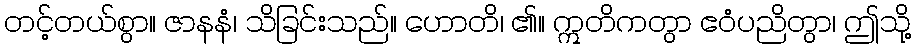
တင့်တယ်စွာ။ ဇာနနံ၊ သိခြင်းသည်။ ဟောတိ၊ ၏။ ဣတိကတွာ ဧဝံပညိတွာ၊ ဤသို့